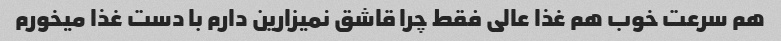
هم سرعت خوب هم غذا عالی فقط چرا قاشق نمیزارین دارم با دست غذا میخورم